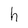
Character: h